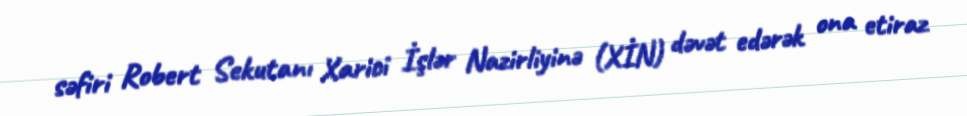
səfiri Robert Sekutanı Xarici İşlər Nazirliyinə (XİN) dəvət edərək ona etiraz